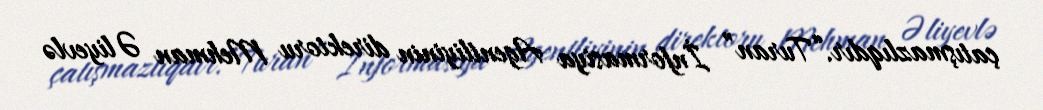
çatışmazlıqdır.“Turan” İnformasiya Agentliyinin direktoru Mehman Əliyevlə